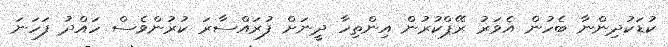
ކުޑަކުދިންނާ ބެހުން އެވަރު ރޭޕްކުރުން އިންތިހާ ދީނަށް ފުރައްސާރަ ކުރުންވެސް ހައްދު ފަހަނަ